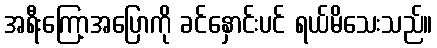
အရီးကြော့အပြောကို ခင်နှောင်းပင် ရယ်မိသေးသည်။